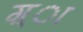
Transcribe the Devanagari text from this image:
ग़्ा